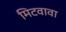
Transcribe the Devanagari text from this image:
मिटवावा